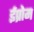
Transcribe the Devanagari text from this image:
ईप्रोम